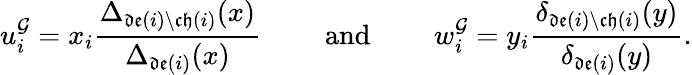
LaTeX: u_{i}^{\mathcal{G}}=x_{i}\frac{\Delta_{\mathfrak{de}(i)\setminus\mathfrak{ch}(i)}(x)}{\Delta_{\mathfrak{de}(i)}(x)}\qquad\mathrm{~and~}\qquad w_{i}^{\mathcal{G}}=y_{i}\frac{\delta_{\mathfrak{de}(i)\setminus\mathfrak{ch}(i)}(y)}{\delta_{\mathfrak{de}(i)}(y)}.